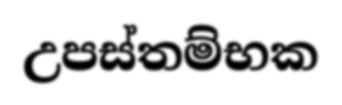
උපස්තම්භක